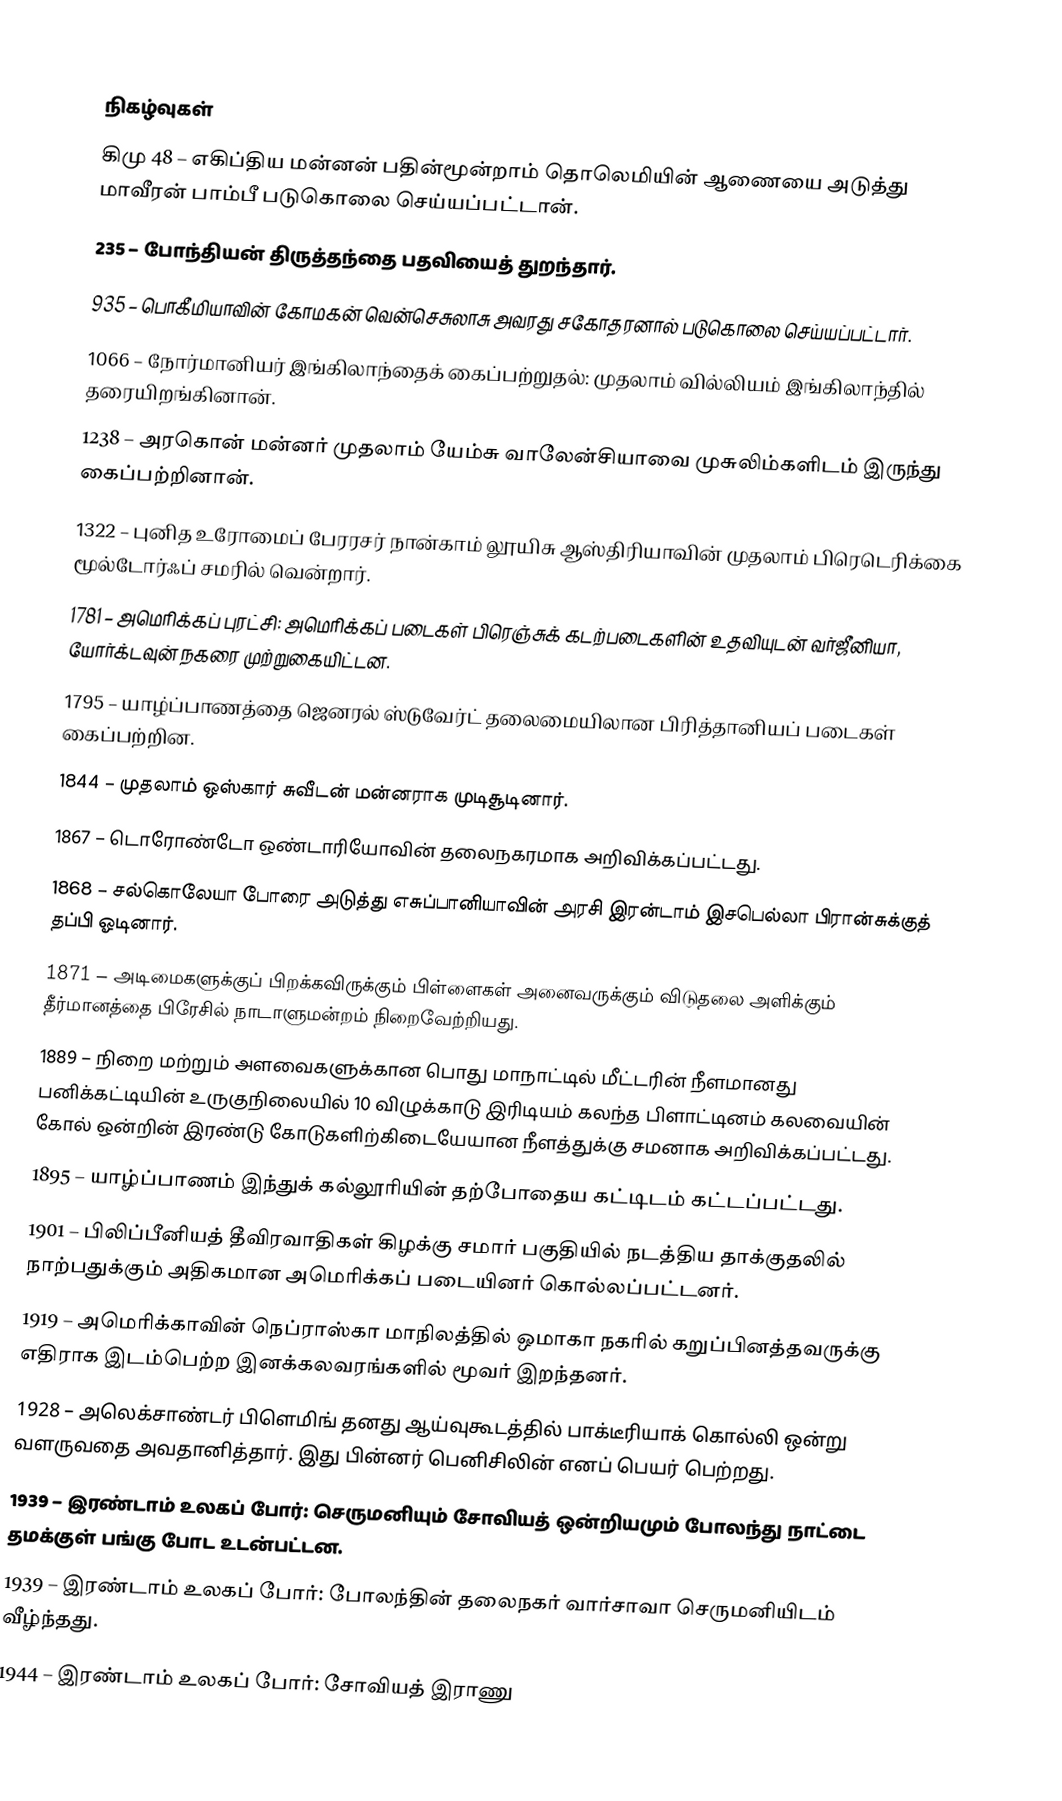

நிகழ்வுகள்
கிமு 48 – எகிப்திய மன்னன் பதின்மூன்றாம் தொலெமியின் ஆணையை அடுத்து மாவீரன் பாம்பீ படுகொலை செய்யப்பட்டான்.
235 – போந்தியன் திருத்தந்தை பதவியைத் துறந்தார்.
935 – பொகீமியாவின் கோமகன் வென்செசுலாசு அவரது சகோதரனால் படுகொலை செய்யப்பட்டார்.
1066 – நோர்மானியர் இங்கிலாந்தைக் கைப்பற்றுதல்: முதலாம் வில்லியம் இங்கிலாந்தில் தரையிறங்கினான்.
1238 – அரகொன் மன்னர் முதலாம் யேம்சு வாலேன்சியாவை முசுலிம்களிடம் இருந்து கைப்பற்றினான்.
1322 – புனித உரோமைப் பேரரசர் நான்காம் லூயிசு ஆஸ்திரியாவின் முதலாம் பிரெடெரிக்கை மூல்டோர்ஃப் சமரில் வென்றார்.
1781 – அமெரிக்கப் புரட்சி: அமெரிக்கப் படைகள் பிரெஞ்சுக் கடற்படைகளின் உதவியுடன் வர்ஜீனியா, யோர்க்டவுன் நகரை முற்றுகையிட்டன.
1795 – யாழ்ப்பாணத்தை ஜெனரல் ஸ்டுவேர்ட் தலைமையிலான பிரித்தானியப் படைகள் கைப்பற்றின.
1844 – முதலாம் ஒஸ்கார் சுவீடன் மன்னராக முடிசூடினார்.
1867 – டொரோண்டோ ஒண்டாரியோவின் தலைநகரமாக அறிவிக்கப்பட்டது.
1868 – சல்கொலேயா போரை அடுத்து எசுப்பானியாவின் அரசி இரன்டாம் இசபெல்லா பிரான்சுக்குத் தப்பி ஓடினார்.
1871 – அடிமைகளுக்குப் பிறக்கவிருக்கும் பிள்ளைகள் அனைவருக்கும் விடுதலை அளிக்கும் தீர்மானத்தை பிரேசில் நாடாளுமன்றம் நிறைவேற்றியது.
1889 – நிறை மற்றும் அளவைகளுக்கான பொது மாநாட்டில் மீட்டரின் நீளமானது பனிக்கட்டியின் உருகுநிலையில் 10 விழுக்காடு இரிடியம் கலந்த பிளாட்டினம் கலவையின் கோல் ஒன்றின் இரண்டு கோடுகளிற்கிடையேயான நீளத்துக்கு சமனாக அறிவிக்கப்பட்டது.
1895 – யாழ்ப்பாணம் இந்துக் கல்லூரியின் தற்போதைய கட்டிடம் கட்டப்பட்டது.
1901 – பிலிப்பீனியத் தீவிரவாதிகள் கிழக்கு சமார் பகுதியில் நடத்திய தாக்குதலில் நாற்பதுக்கும் அதிகமான அமெரிக்கப் படையினர் கொல்லப்பட்டனர்.
1919 – அமெரிக்காவின் நெப்ராஸ்கா மாநிலத்தில் ஒமாகா நகரில் கறுப்பினத்தவருக்கு எதிராக இடம்பெற்ற இனக்கலவரங்களில் மூவர் இறந்தனர்.
1928 – அலெக்சாண்டர் பிளெமிங் தனது ஆய்வுகூடத்தில் பாக்டீரியாக் கொல்லி ஒன்று வளருவதை அவதானித்தார். இது பின்னர் பெனிசிலின் எனப் பெயர் பெற்றது.
1939 – இரண்டாம் உலகப் போர்: செருமனியும் சோவியத் ஒன்றியமும் போலந்து நாட்டை தமக்குள் பங்கு போட உடன்பட்டன.
1939 – இரண்டாம் உலகப் போர்: போலந்தின் தலைநகர் வார்சாவா செருமனியிடம் வீழ்ந்தது.
1944 – இரண்டாம் உலகப் போர்: சோவியத் இராணு